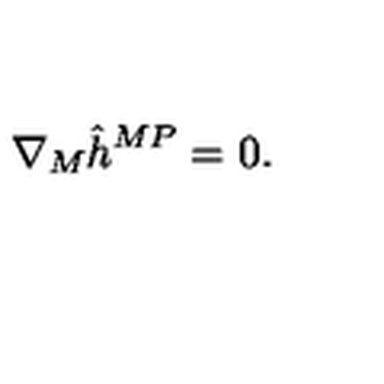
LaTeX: \nabla _ { M } \hat { h } ^ { M P } = 0 .